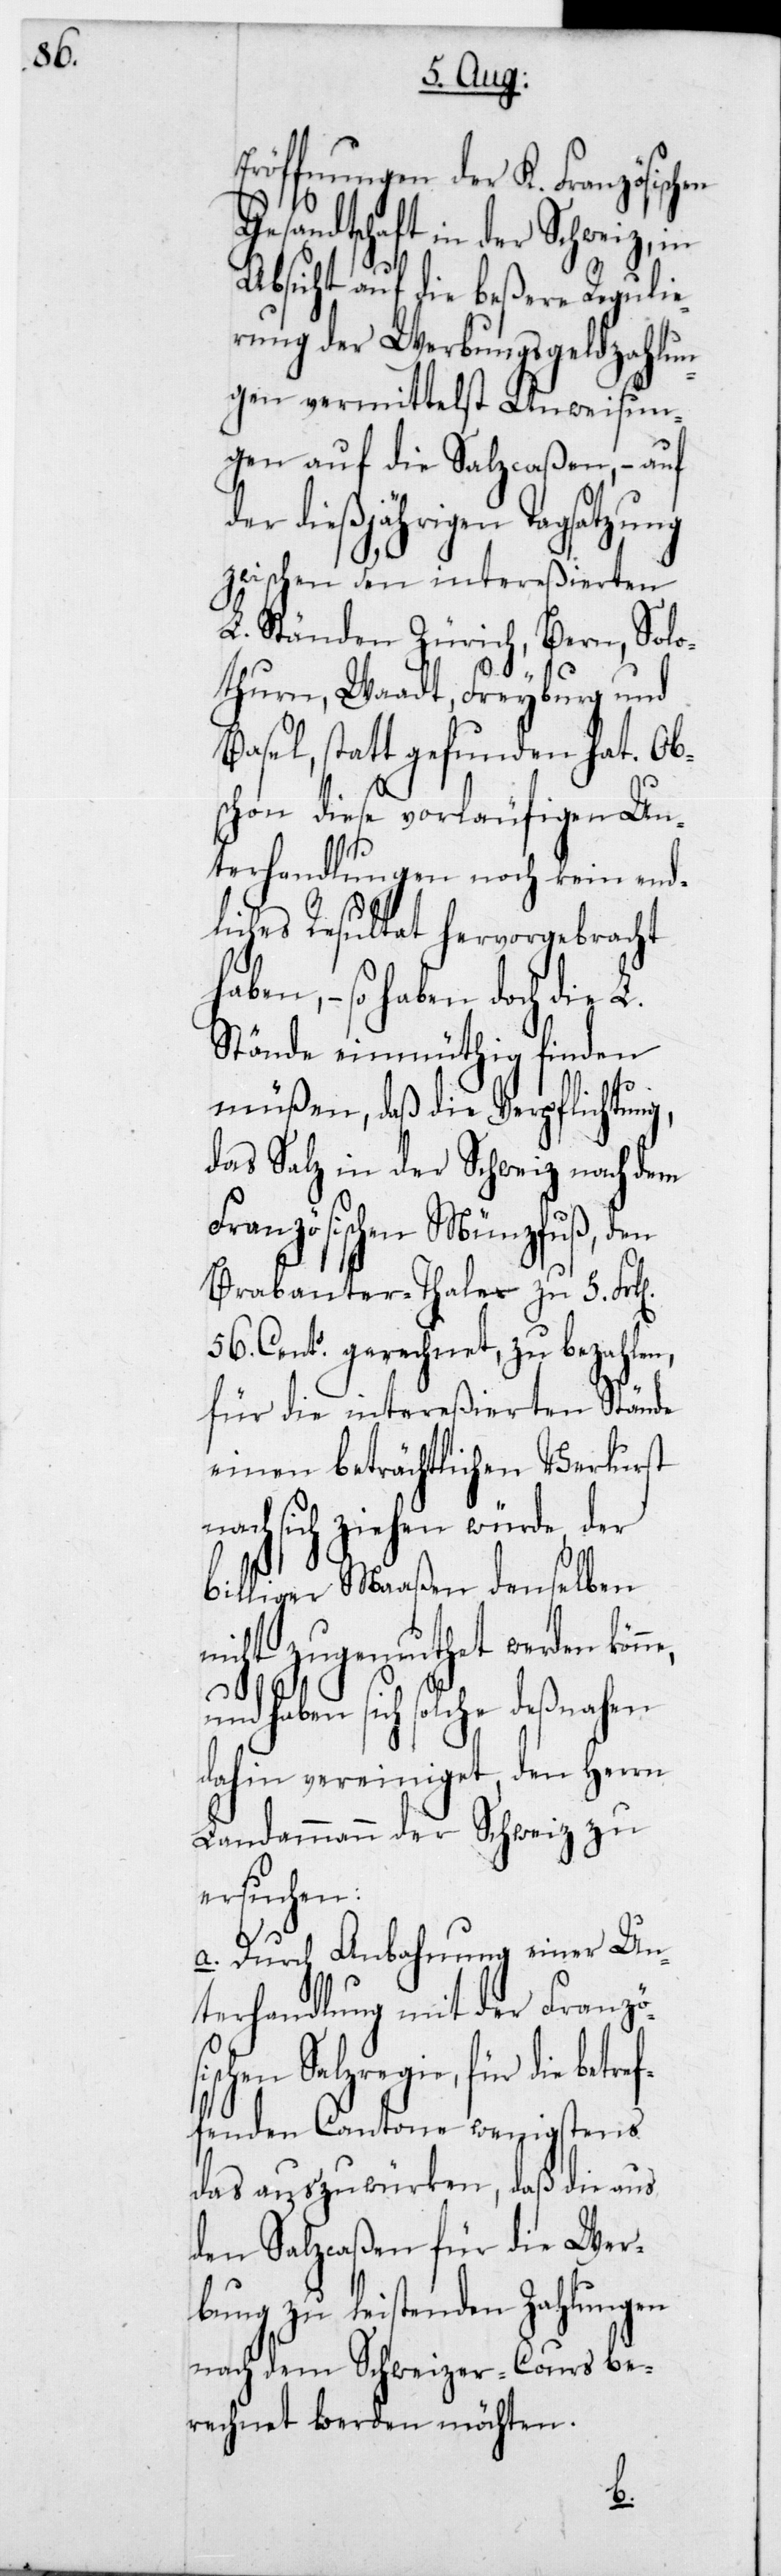
en,

Eröffnungen der K. Französisch¬
Gesandtschaft in der Schweiz,
Absicht auf die beßere Reguli¬
erung der Werbungsgeldzah¬
ngen vermittelst Anweis¬
ungen auf die Salzcaßen, – auf
der dießjährigen Tagsatzung
zwischen den intereßierten
L. Ständen Zürich, Bern, Solo¬
thurn, Waadt, Freyburg und
Basel, statt gefunden hat.
schon diese vorläufigen U¬
nterhandlungen noch kein end¬
liches Resultat hervorgebracht
– so haben doch die
Stände einmüthig finden
müßen, daß die Verpflichtung,
das Salz in der Schweiz nach
Französischen Münzfuß, den
Brabanter-Thaler zu 5
56 Cent. gerechnet, zu bezahl¬
für die intereßierten
einen beträchtlichen Verlust
nach sich ziehen würde, der
billiger Maaßen denselben
nicht zugemuthet werden
und haben sich solche deßnahen
dahin vereiniget, den Herrn
Landammann der Schweiz zu
ersuchen:
a. Durch Anbahnung einer Un¬
terhandlung mit der Französ¬
ischen Salzregie, für die betr¬
effenden Cantone wenigstens
das auszuwürken, daß die aus
den Salzcaßen für die Wer¬
bung zu leistenden Zahlungen
nach dem Schweizer-Cours be¬
rechnet werden möchten.